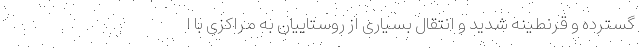
گسترده و قرنطینه شدید و انتقال بسیاری از روستاییان به مراکزی با ا